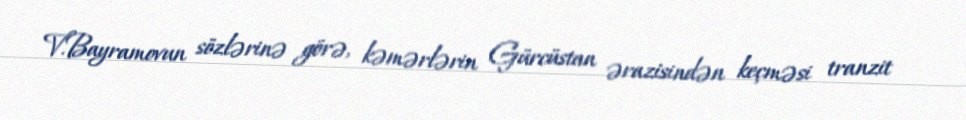
V.Bayramovun sözlərinə görə, kəmərlərin Gürcüstan ərazisindən keçməsi tranzit